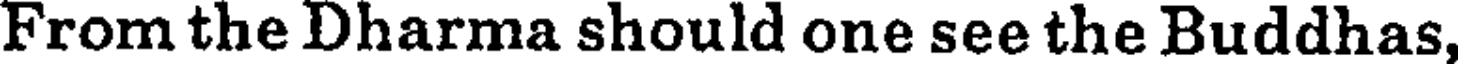
From the Dharma should one see the Buddhas,